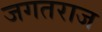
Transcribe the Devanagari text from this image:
जगतराज